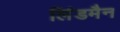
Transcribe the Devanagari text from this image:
लिंडमैन